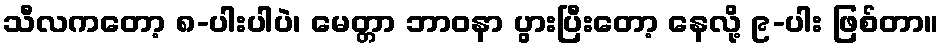
သီလကတော့ ၈-ပါးပါပဲ၊ မေတ္တာ ဘာဝနာ ပွားပြီးတော့ နေလို့ ၉-ပါး ဖြစ်တာ။